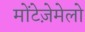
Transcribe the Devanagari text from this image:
मोंटेजे़मेलो